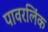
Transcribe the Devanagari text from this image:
पावरलिंक